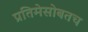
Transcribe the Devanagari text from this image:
प्रतिमेसोबतच